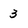
Character: 3